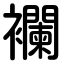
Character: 襴